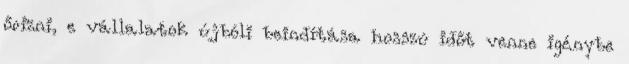
őrizni, e vállalatok újbóli beindítása hosszú időt venne igénybe